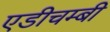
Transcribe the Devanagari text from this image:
एडीचम्बी